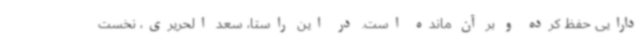
دارایی حفظ کرده و بر آن مانده است. در این راستا، سعد الحریری، نخست